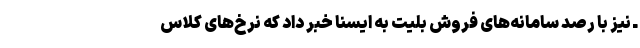
ـ نیز با رصد سامانه‌های فروش بلیت به ایسنا خبر داد که نرخ‌های کلاس